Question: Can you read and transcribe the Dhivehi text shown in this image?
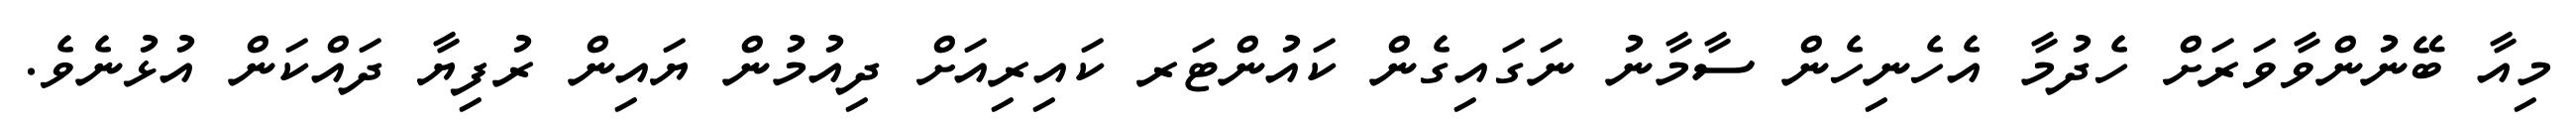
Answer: މިއާ ބޭނުންވާވަރަށް ހެދުމާ އެހެނިހެން ސާމާނު ނަގައިގެން ކައުންޓަރ ކައިރިއަށް ދިއުމުން ޔައިން ރުފިޔާ ދައްކަން އުޅުނެވެ.